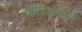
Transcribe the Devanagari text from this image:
गोविंदग्रजांच्या